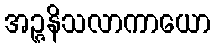
အဉ္ဇနိသလာကာယော